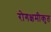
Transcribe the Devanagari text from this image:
रोगक्षमीकृत